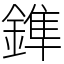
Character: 鎨